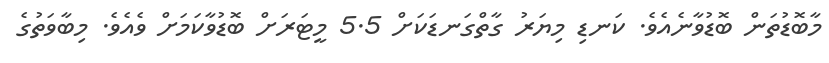
މާބޮޑުތަން ބޮޑުވާނެއެވެ. ކަނޑި މިޔަރު ގާތްގަނޑަކަށް 5.5 މީޓަރަށް ބޮޑުވާކަމަށް ވެއެވެ. މިބާވަތުގެ